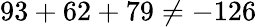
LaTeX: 93+62+79\neq-126